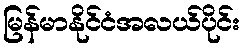
မြန်မာနိုင်ငံအလယ်ပိုင်း